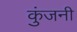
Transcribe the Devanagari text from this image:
कुंजनी